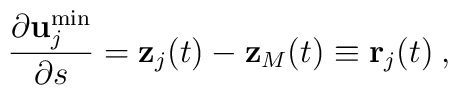
\frac{\partial {\bf u}_j^{\min} }{\partial s} = {\bf z}_j(t) -{\bf z}_M(t) \equiv {\bf r}_j(t) \> ,